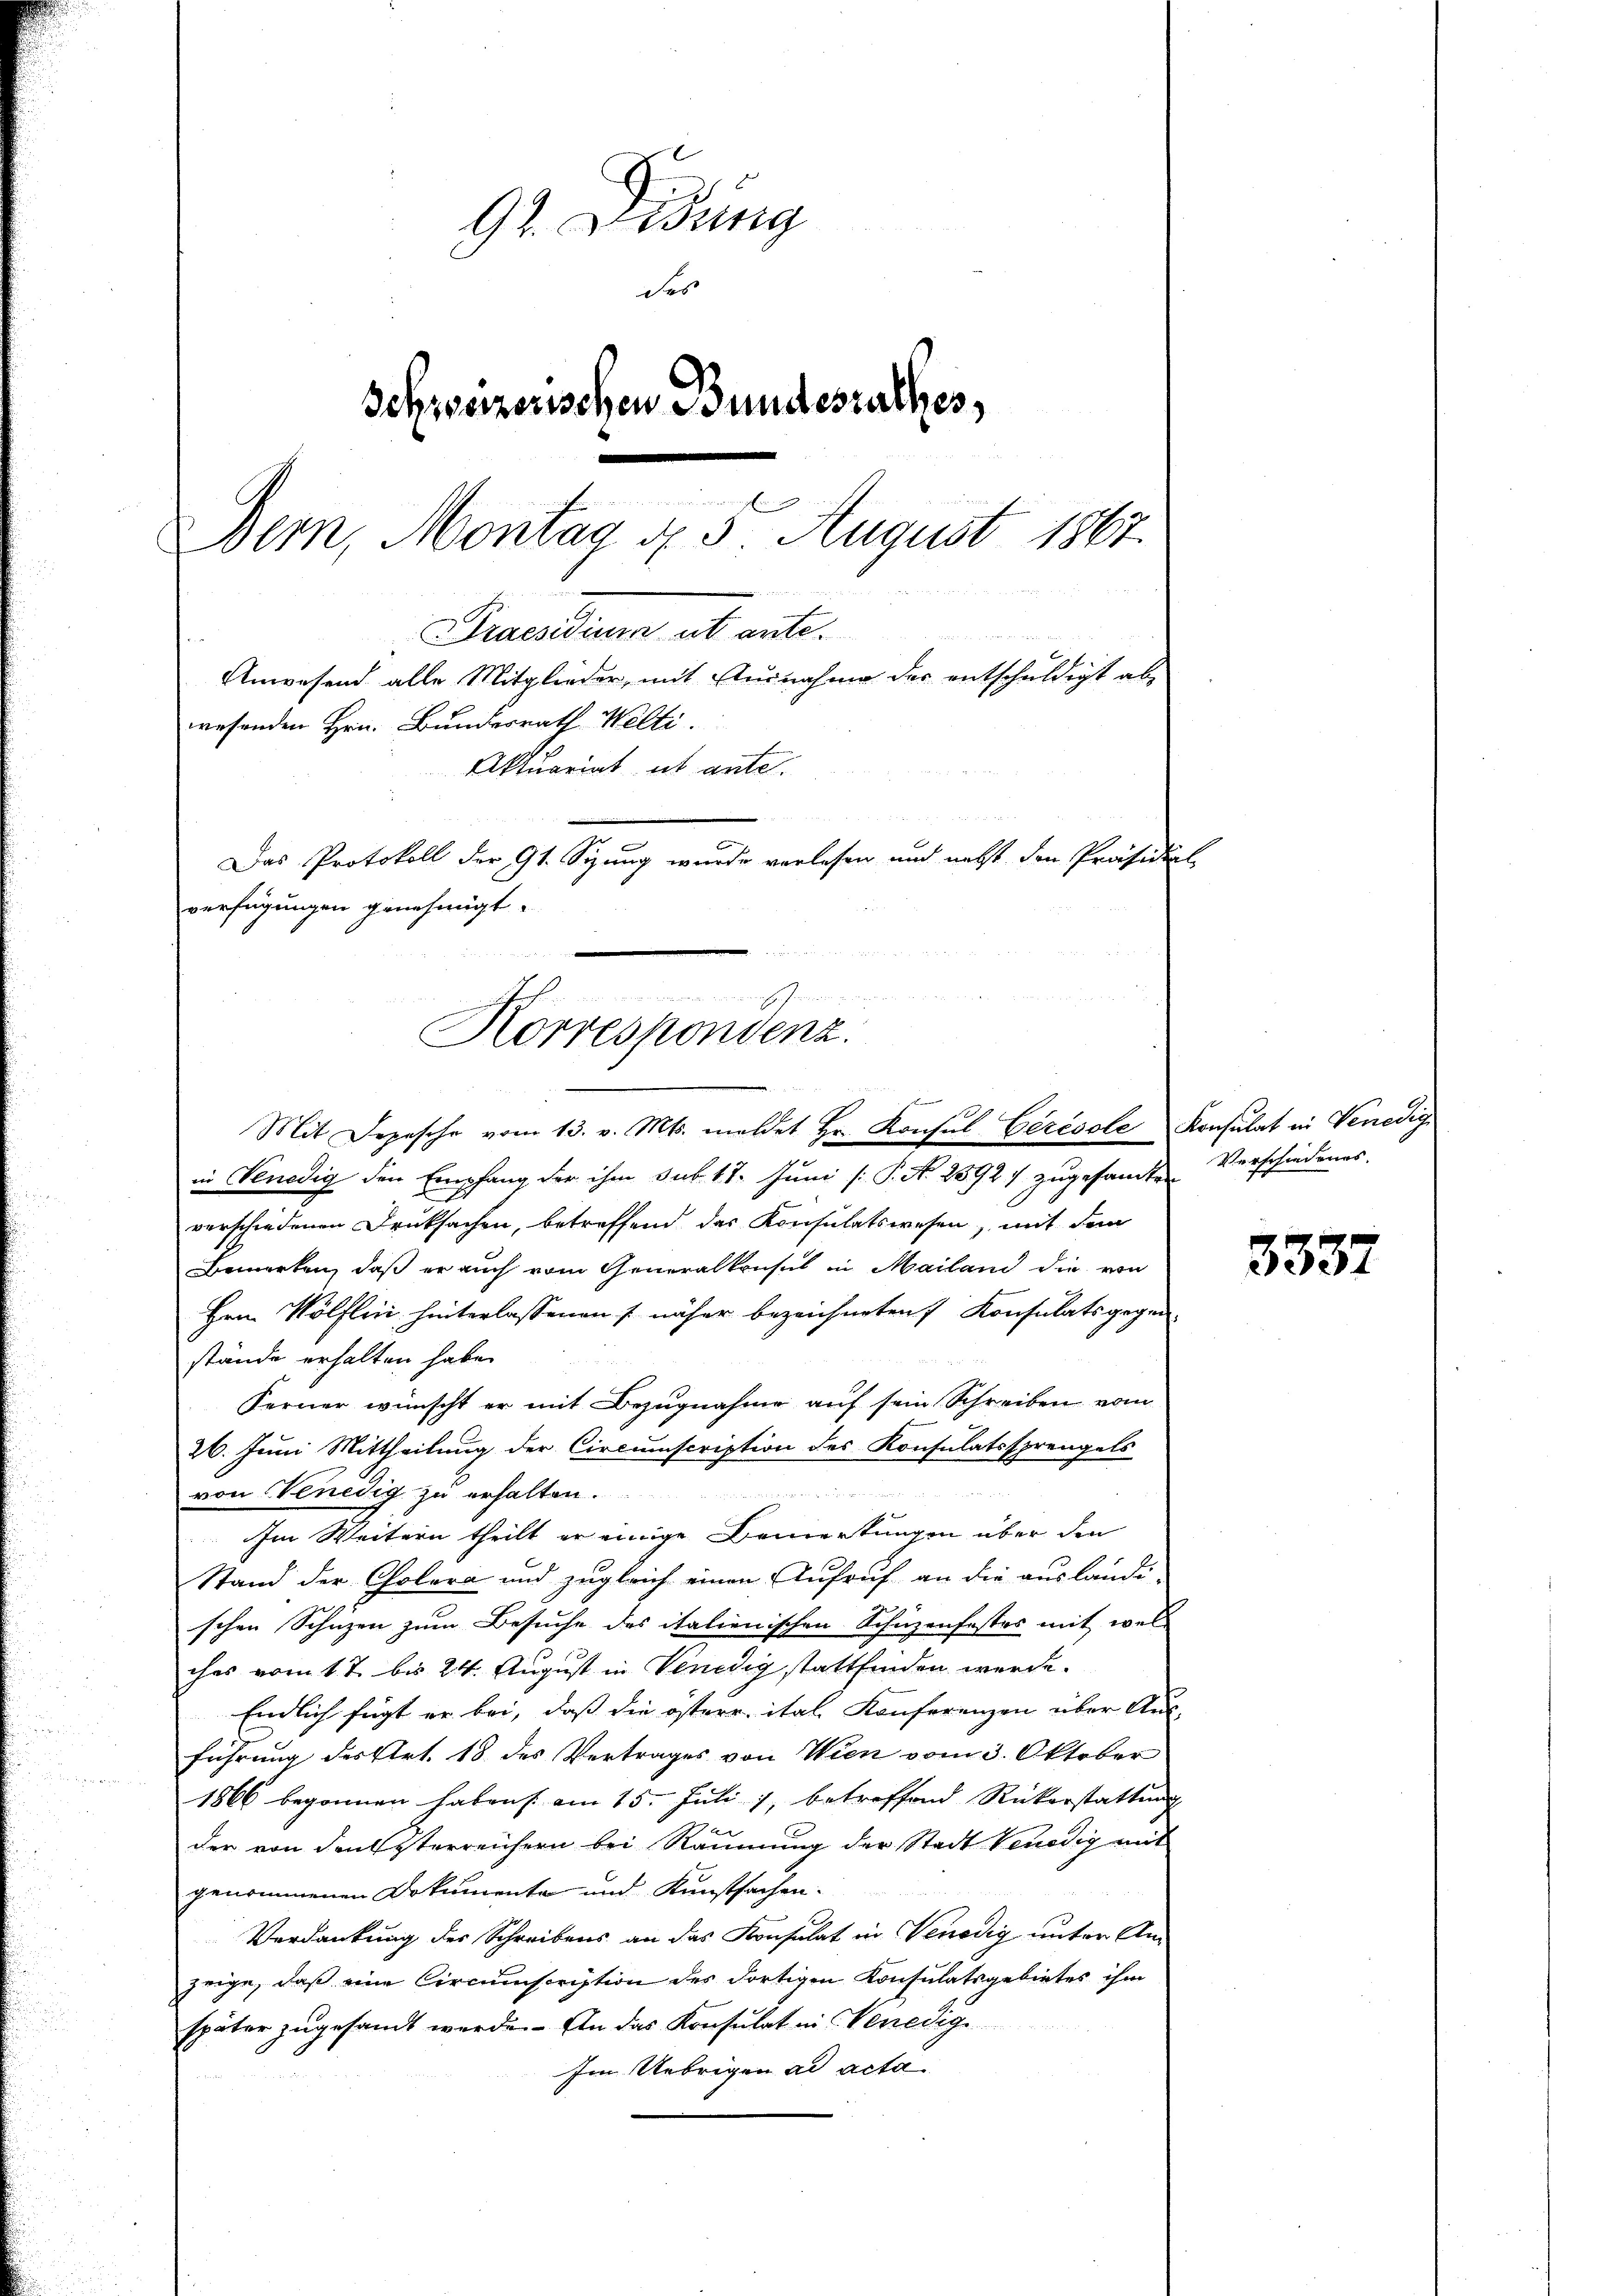
92. Didung
des
Schweizerischen Bundesrathes,
Bern, Montag d. 5 August 1867.
Praesiduum ab ante.
Anwesend alle Mitglieder, mit Ausnahme der entschuldigt abwesenden Hrn. Bundesrath Welti.
Aktuariat es ante.
Das Protokoll der 91. Sizung wurde verlesen und nebst den Präsidial-
verfügungen genehmigt.

den seine anden sein, die diese eine nach sehen
Korrespondenz.

Mit Depesche vom 13. v. Mts. meldet Hr. Konsul Cérésole Konsulat in Venedig

in Venedig den Empfang der ihm sub. 17. Juni /: P. N. 2592) zugesamte Verschiedenas-
verschiedenen Drucksachen, betreffend das Konsulatswesen, mit dem
Bemerken, daß er auch vom Generalkonsul in Mailand die von
Hrn. Wölflin hinterlassenen s näher bezeichneten Konsulats gegen-
stände erhalten habe.
Ferner wünscht er mit Bezugnahme auf sein Schreiben vom
26. Juni Mittheilung der Circumscription des Konsulatssprengels
von Venedig zu erhalten.
Im Weitern theilt er einige Bemerkungen über den
Stand der Cholera und zugleich einen Aufruf an die ausländi-
schen Schuzen zum Besuche des italienischen Schüzenfestes mit wel
ches vom 17. bis 24. August in Venedig stattfinden werde.
Endlich fügt er bei, daß die österr. ital, Konferenzen über Aus-
führung des Art. 18 des Vertrages von Wien vom 3. Oktober
1866 begonnen habens am 15. Juli 1, betreffend Rückerstattung
der von den sterreichern bei Räumung der Stadt Venedig mit
genommenen Dokumente und Kunstsachen-
Verdankung des Schreibens an das Konsulat in Venedig unter Am
zeige, daß eine Circumscription des dortigen Konsulatsgebietes ihm
später zugesandt werde. An das Konsulat in Venedige
Im Uebrigen ad acta

3337